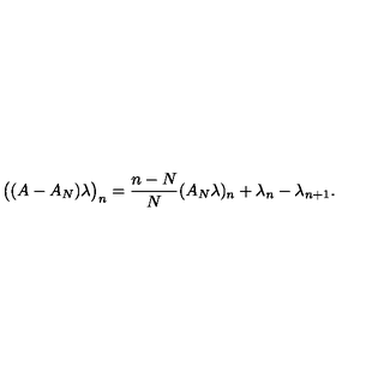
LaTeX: \bigl ( ( A - A _ { N } ) \lambda \bigr ) _ { n } = \frac { n - N } { N } ( A _ { N } \lambda ) _ { n } + \lambda _ { n } - \lambda _ { n + 1 } .